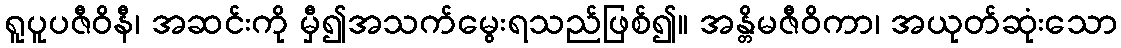
ရူပူပဇီဝိနီ၊ အဆင်းကို မှီ၍အသက်မွေးရသည်ဖြစ်၍။ အန္တိမဇီဝိကာ၊ အယုတ်ဆုံးသော